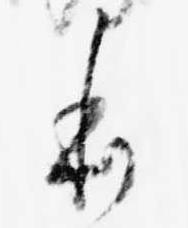
本